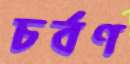
চর্বণ